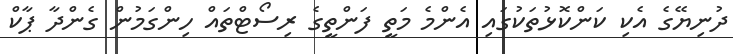
ދުނިޔޭގެ އެކި ކަންކޮޅުތަކުގައި އެންމެ މަތީ ފަންތީގެ ރިސޯޓްތައް ހިންގަމުން ގެންދާ ޕާކް